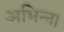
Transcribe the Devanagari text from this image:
अभिन्न।